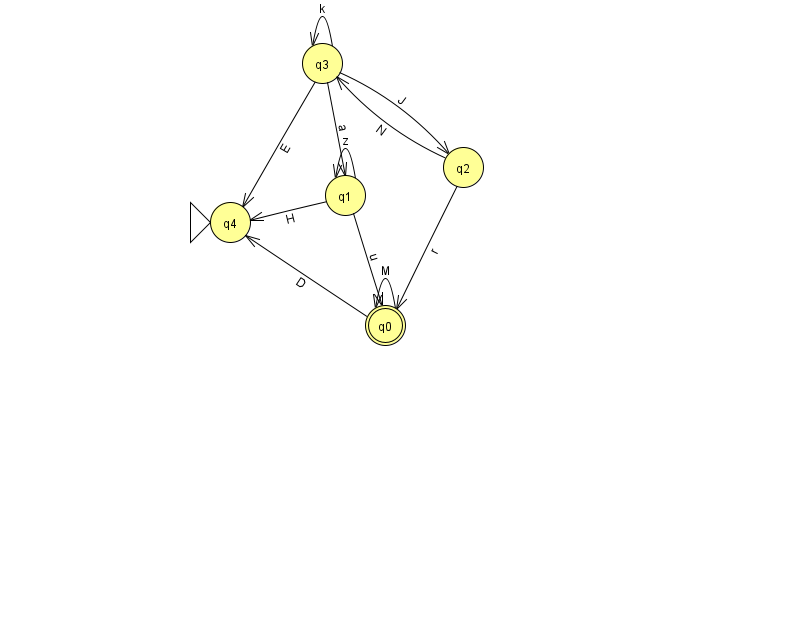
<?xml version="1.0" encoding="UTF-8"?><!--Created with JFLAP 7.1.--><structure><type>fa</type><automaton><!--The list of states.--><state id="0" name="q0"><x>385.0</x><y>312.0</y><final/></state><state id="1" name="q1"><x>345.0</x><y>182.0</y></state><state id="2" name="q2"><x>463.0</x><y>154.0</y></state><state id="3" name="q3"><x>322.0</x><y>50.0</y></state><state id="4" name="q4"><x>230.0</x><y>209.0</y><initial/></state><!--The list of transitions.--><transition><from>2</from><to>0</to><read>r</read></transition><transition><from>0</from><to>4</to><read>D</read></transition><transition><from>3</from><to>1</to><read>a</read></transition><transition><from>3</from><to>2</to><read>J</read></transition><transition><from>3</from><to>4</to><read>E</read></transition><transition><from>1</from><to>1</to><read>z</read></transition><transition><from>3</from><to>3</to><read>k</read></transition><transition><from>1</from><to>0</to><read>u</read></transition><transition><from>2</from><to>3</to><read>N</read></transition><transition><from>0</from><to>0</to><read>M</read></transition><transition><from>1</from><to>4</to><read>H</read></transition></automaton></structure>